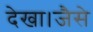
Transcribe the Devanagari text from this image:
देखा।जैसे